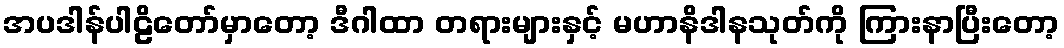
အပဒါန်ပါဠိတော်မှာတော့ ဒီဂါထာ တရားများနှင့် မဟာနိဒါနသုတ်ကို ကြားနာပြီးတော့